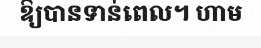
ឱ្យបានទាន់ពេល។ ហាម